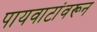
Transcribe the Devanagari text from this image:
पायवाटांवरून